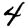
Digit: 4